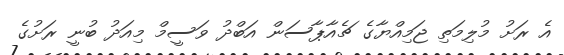
އެ ރަށު މުލިމަތި ޖަމިއްޔާގެ ޗެއާޕާސަން އަބްދު ވަސީމް މިއަދު ބުނީ ރަށުގެ